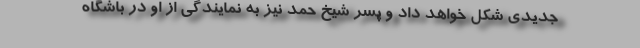
جدیدی شکل خواهد داد و پسر شیخ حمد نیز به نمایندگی از او در باشگاه